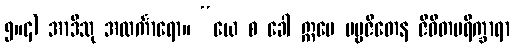
၅။၄) အာဒီသု အလင်္ကာရော။ “ယေ စ ခေါ ဣမေ ပဗ္ဗဇိတေန ဇီဝိတပရိက္ခာရာ